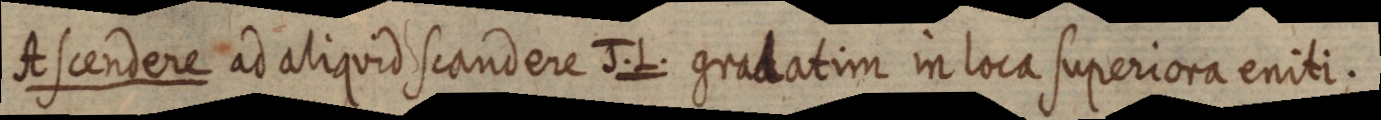
Ascendere ad aliquid scandere J. L. gradatim in loca superiora eniti.